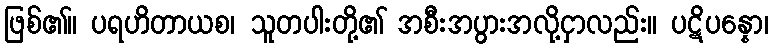
ဖြစ်၏။ ပရဟိတာယစ၊ သူတပါးတို့၏ အစီးအပွားအလို့ငှာလည်း။ ပဋိပန္နော၊